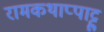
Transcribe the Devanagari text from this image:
रामकथाप्पाट्टु